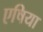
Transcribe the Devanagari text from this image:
एषिया